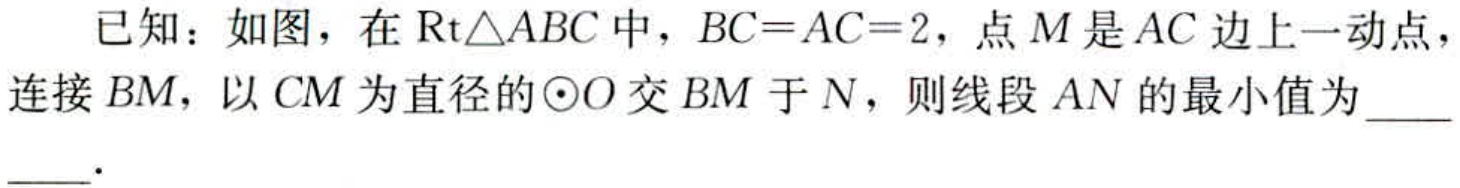
已知：如图，在$\text{Rt}\triangle ABC$中，$BC = AC = 2$，点$M$是$AC$边上一动点，连接$BM$，以$CM$为直径的$\odot O$交$BM$于$N$，则线段$AN$的最小值为  ．